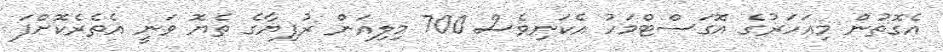
އެގޮތުން މިއަހަރުގެ އޮގަސްޓްމަހު އެކަނިވެސް 700 މިލިއަން ރުފިޔާގެ ތެޔޮ ވަނީ އެތެރެކޮށްފަ